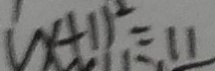
( x + 1 ) ^ { 2 } = 1 1